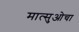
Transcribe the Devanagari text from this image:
मात्सुओचा